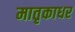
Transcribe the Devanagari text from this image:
मातृकाधर